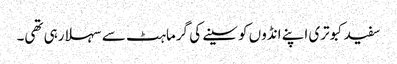
سفید کبوتری اپنے انڈوں کو سینے کی گرماہٹ سے سہلا رہی تھی۔